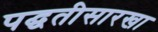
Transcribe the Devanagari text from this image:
पद्घतीसारखा